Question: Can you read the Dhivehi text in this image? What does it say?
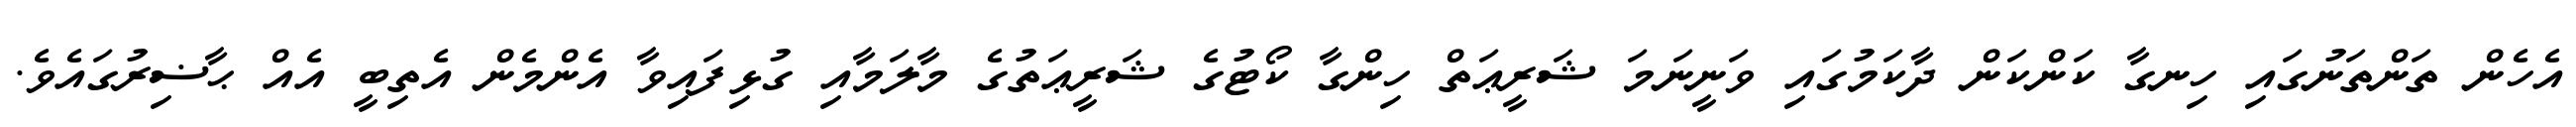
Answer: އެހެން ތަންތަނުގައި ހިނގާ ކަންކަން ދާކަމުގައި ވަނީނަމަ ޝަރީޢަތް ހިންގާ ކޯޓުގެ ޝަރީޢަތުގެ މާލަމާއި ގުޅިފައިވާ އެންމެން އެތިބީ އެއް ޙާޟިރުގައެވެ.